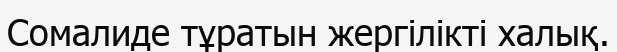
Сомалиде тұратын жергілікті халық.